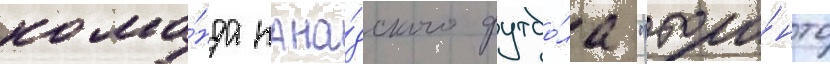
кома́нда кана́дского футбо́ла "торо́нто